Indian journal of veterinary science and animal husbandry - Volume 11,
Year: 1941
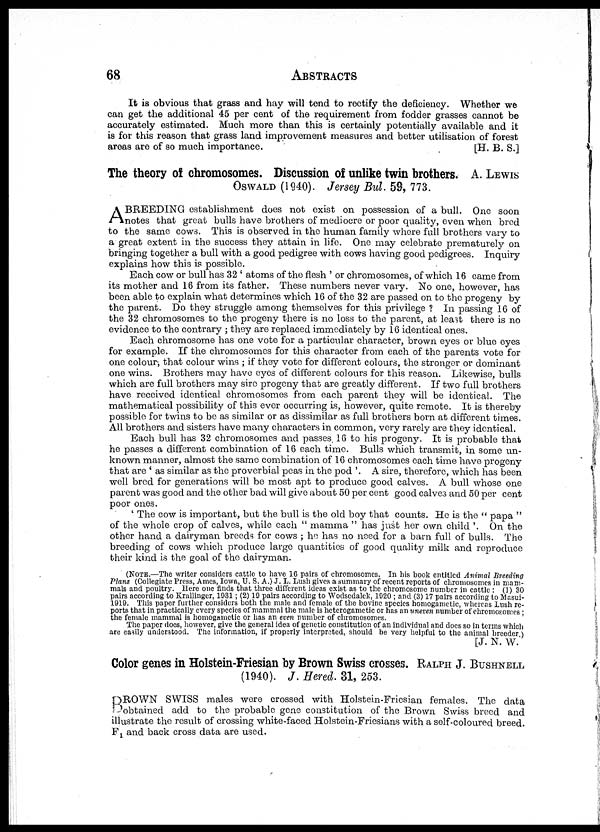
68
ABSTRACTS
It is obvious that grass and hay will tend to rectify the deficiency. Whether we
can get the additional 45 per cent of the requirement from fodder grasses cannot be
accurately estimated. Much more than this is certainly potentially available and it
is for this reason that grass land improvement measures and better utilisation of forest
areas are of so much importance.
[H. B. S. ]
The theory of chromosomes. Discussion of unlike twin brothers. A. LEWIS
OSWALD (1940). Jersey Bul. 59, 773.
A BREEDING establishment does not exist on possession of a bull. One soon
notes that great bulls have brothers of mediocre or poor quality, even when bred
to the same cows. This is observed in the human family where full brothers vary to
a great extent in the success they attain in life. One may celebrate prematurely on
bringing together a bull with a good pedigree with cows having good pedigrees. Inquiry-
explains how this is possible.
Each cow or bull has 32 ' atoms of the flesh ' or chromosomes, of which 16 came from
its mother and 16 from its father. These numbers never vary. No one, however, has
been able to explain what determines which 16 of the 32 are passed on to the progeny by
the parent. Do they struggle among themselves for this privilege ? In passing 16 of
the 32 chromosomes to the progeny there is no loss to the parent, at least there is no
evidence to the contrary ; they are replaced immediately by 16 identical ones.
Each chromosome has one vote for a particular character, brown eyes or blue eyes
for example. If the chromosomes for this character from each of the parents vote for
one colour ; that colour wins ; if they vote for different colours, the stronger or dominant
one wins. Brothers may have eyes of different colours for this reason. Likewise, bulls
which are full brothers may sire progeny that are greatly different. If two full brothers
have received identical chromosomes from each parent they will be identical. The
mathematical possibility of this ever occurring is, however, quite remote. It is thereby
possible for twins to be as similar or as dissimilar as full brothers born at different times.
All brothers and sisters have many characters in common, very rarely are they identical.
Each bull has 32 chromosomes and passes. 16 to his progeny. It is probable that
he passes a different combination of 16 each time. Bulls which transmit, in some un-
known manner, almost the same combination of 16 chromosomes each time have progeny
that are ' as similar as the proverbial peas in the pod '. A sire, therefore, which has been
well bred for generations will be most apt to produce good calves. A bull whose one
parent was good and the other bad will give about 50 per cent good calves and 50 per cent
poor ones.
' The cow is important, but the bull is the old boy that counts. He is the " papa "
of the whole crop of calves, while each " mamma " has just her own child '. On the
other hand a dairyman breeds for cows ; he has no need for a barn full of bulls. The
breeding of cows which produce large quantities of good quality milk and reproduce
their kind is the goal of the dairyman.
(NOTE. —The writer considers cattle to have 16 pairs of chromosomes. In his book entitled Animal Breeding
Plans (Collegiate Press, Ames, Iowa, U. S. A. ) J. L. Lush gives a summary of recent reports of chromosomes in mam-
mals and poultry. Here one finds that three different ideas exist as to the chromosome number in cattle : (1) 30
pairs according to Krallinger, 1931; (2) 19 pairs according to Wodsedalek, 1920 ; and (3) 17 pairs according to Masui-
1919. This paper further considers both the male and female of the bovine species homogametic, whereas Lush re-
ports that in practically every species of mammal the male is heterogametic or has an uneven number of chromosomes ;
the female mammal is homogametic or has an even number of chromosomes.
The paper does, however, give the general idea of genetic constitution of an individual and does so in terms which
are easily understood. The information, if properly interpreted, should be very helpful to the animal breeder.)
[J. N. W. '
Color genes in Holstein-Friesian by Brown Swiss crosses. RALPH J. BUSHNELL
(1940). J. Hered. 31, 253.
BROWN SWISS males were crossed with Holstein-Friesian females. The data
obtained add to the probable gene constitution of the Brown Swiss breed and
illustrate the result of crossing white-faced Holstein-Friesians with a self-coloured breed.